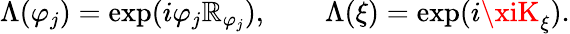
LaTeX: \Lambda(\varphi_{j})=\exp(i\varphi_{j}\mathbb{R}_{\varphi_{j}}),\qquad\Lambda(\xi)=\exp(i\xiK_{\xi}).